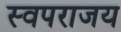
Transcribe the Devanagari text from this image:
स्वपराजय